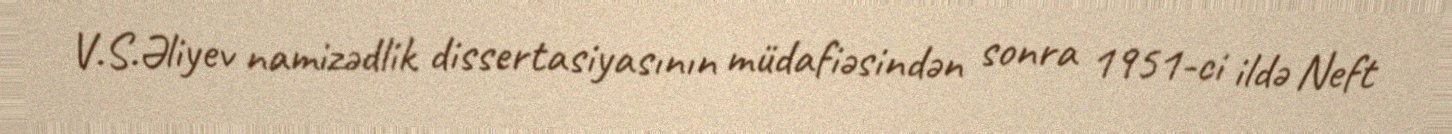
V.S.Əliyev namizədlik dissertasiyasının müdafiəsindən sonra 1951-ci ildə Neft